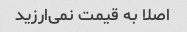
اصلا به قیمت نمی‌ارزید